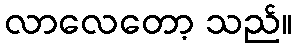
လာလေတော့ သည်။